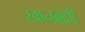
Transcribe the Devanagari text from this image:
स्वप्नबोधी